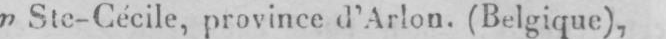
» Ste-Cécile, province d’Arlon. (Belgique),